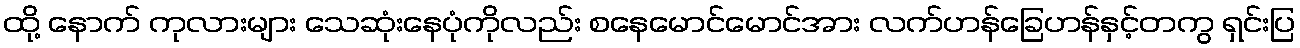
ထို့ နောက် ကုလားများ သေဆုံးနေပုံကိုလည်း စနေမောင်မောင်အား လက်ဟန်ခြေဟန်နှင့်တကွ ရှင်းပြ